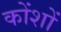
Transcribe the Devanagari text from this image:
कोंशों